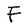
Character: F